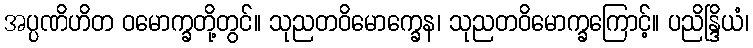
အပ္ပဏိဟိတ ဝမောက္ခတို့တွင်။ သုညတဝိမောက္ခေန၊ သုညတဝိမောက္ခကြောင့်။ ပညိန္ဒြိယံ၊